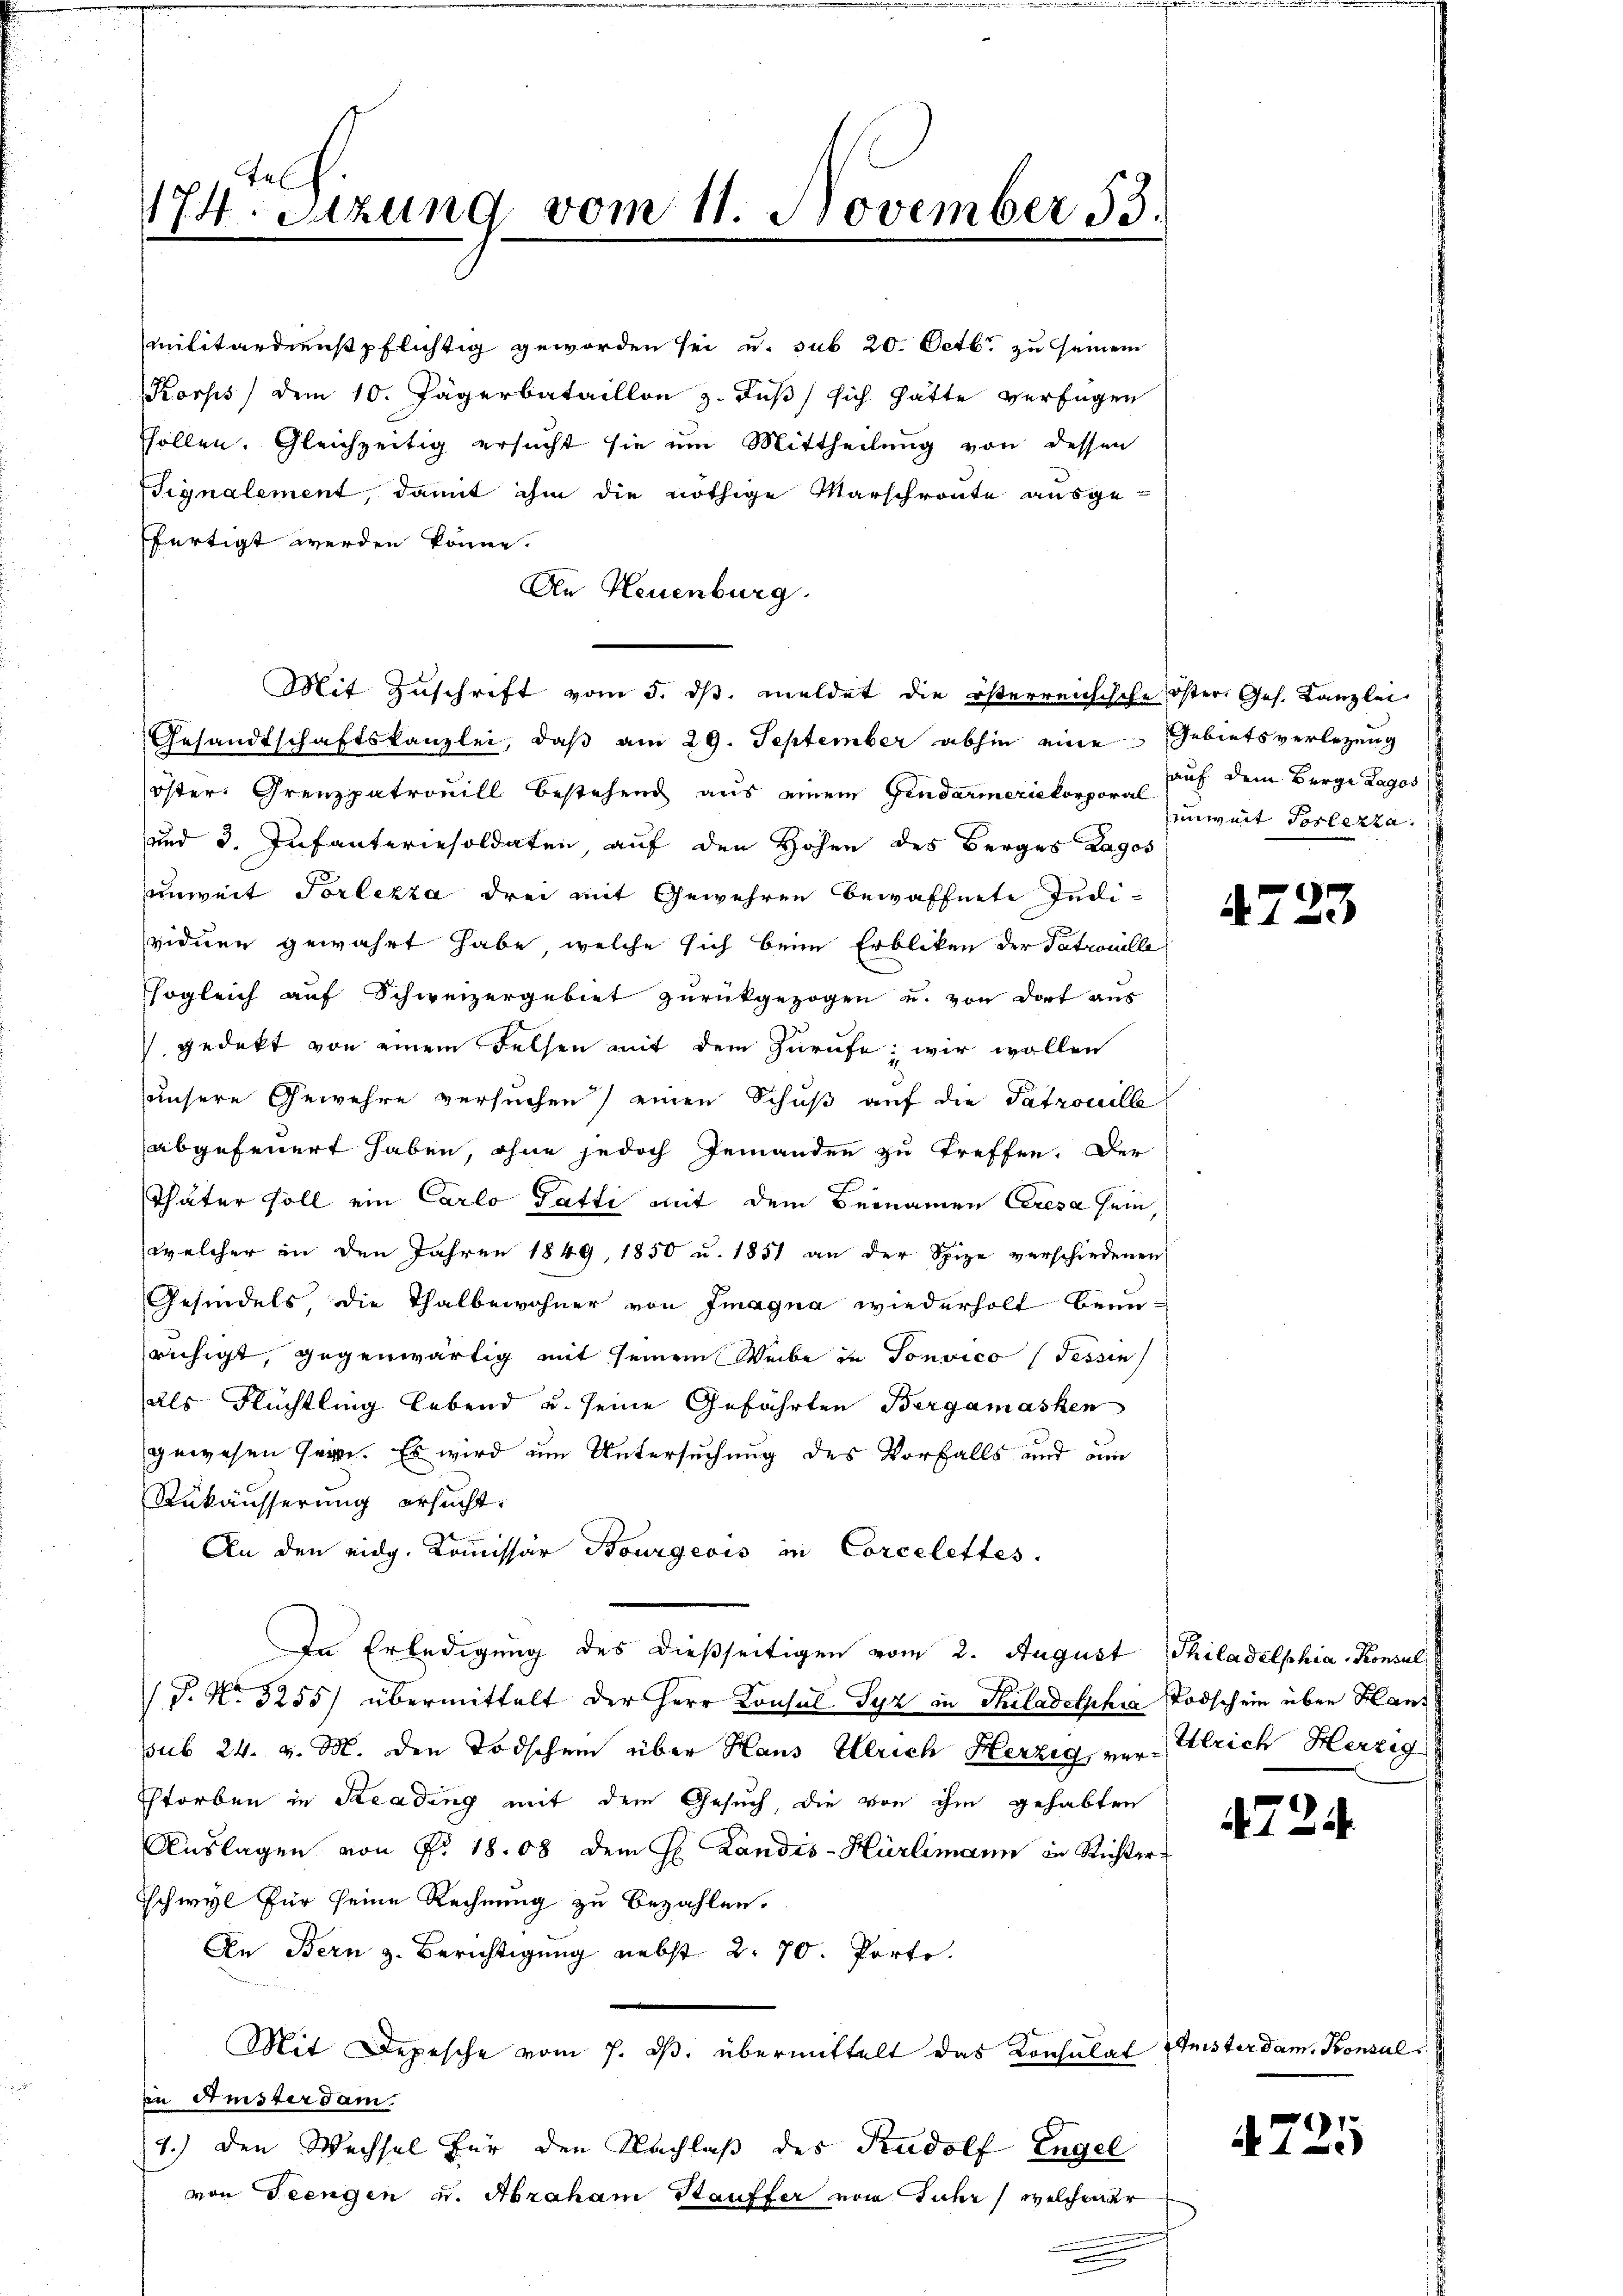
174. Sitzung vom 11. November 53.

Militärdienstpflichtig geworden sei u. sub 20. Octbr zu seinem
Korps dem 10. Jägerbataillon z. Fuß sich hätte verfügen
sollen. Gleichzeitig ersucht sie um Mittheilung von dessen
Signalement, damit ihm die nöthige Marschronte ausgeffertigt werden könne.
An Neuenburg.
Gesandtschaftskanzlei, daß am 29. September abhin eine Gebietsverlegung
öster. Grenzpatrouill bestehend aus einem Gendarmeriekorporauf dem Berge Lages
und 3. Infanteresoldaten, auf den Hohen des Berges Zagos
unweit Torlezza drei mit Gewehren bewaffnete Judividuen gewährt habe, welche sich beim Erbliken der Patrouille
Esogleich auf Schweizergebiet zurückgezogen u. von dort aus
gedekt von einem Felsen mit dem Zurufe; wir wollen
unsere Gewehre versuchen) einen Schuß auf die Patrouille
abgefeuert haben, ohne jedoch Jemanden zu treffen. Der
Thäter soll ein Carlo Gatti mit dem Beinamen Cresa sein,
welcher an den Jahren 1849, 1850 u. 1851 an der Spize verschiedenen
Gesindels, die Thalbewohner von Imagna wiederholt Benuruhigt, gegenwärtig mit seinem Weibe in Tonvico (Tessin
als Flüchtling lebend u. seine Gefährten Bergamasken
gewesen seye. Es wird im Untersuchung des Vorfalls und am
Rukäusserung ersucht.
An den eidg. Kommissär Bourgeois in Corcelettes.
In Erledigung des dießseitigen vom 2. August Thiladelphia Konsul
P. Nr. 3255) übermittelt der Herr Konsul Syz in Philadelphia Todschein über Hansub 24. v. M. den Todschein über Haus Ulrich Herzig ver- Ulrich Herzig
storben in Steading mit dem Gesuch, die von ihm gehabten
Aŭslagen von Fr. 1808 dem H. Landis-Hürlimann in Richter-
Schwyl für seine Rechnung zu bezahlen.
An Bern z. Berichtigung nebst 2. 70. Porte.
Mit Depesche vom 7. ds. übermittelt das Konsulat Geisterdam, Konsulin Amsterdam.
1.) den Wechsel für den Nachlaß des Rudolf Engel
von Teengen u. Abraham Stauffer von Jahr, welchener

Mit Zuschrift vom 5. dβ. meldet die österreichische öster. Ges. Kanzlei

unweit Toslezza.

4

33

4724

4725